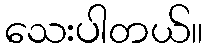
သေးပါတယ်။